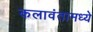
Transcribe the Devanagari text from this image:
कलावंतामध्ये